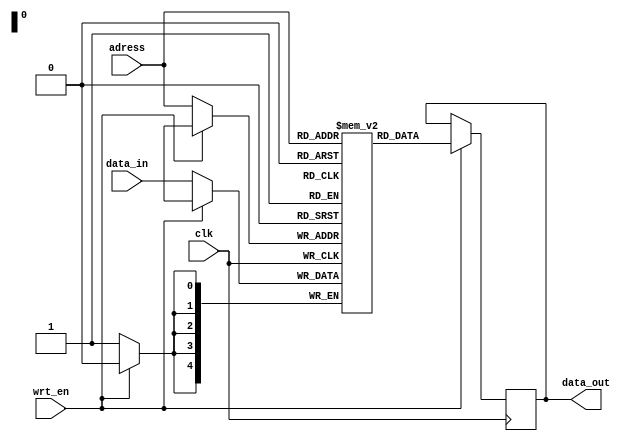
module RAM #(parameter dataSize = 5, addressSize = 5)(
	input                          clk, wrt_en,
	input      [dataSize   -1 : 0] data_in, 
	input      [addressSize -1 : 0] adress,
	output reg [dataSize   -1 : 0] data_out 
);

reg[dataSize - 1:0] RAM_1[0:2**addressSize-1];

always@(posedge clk)
begin
	if(~wrt_en) RAM_1[adress] <= data_in;
	else data_out <= RAM_1[adress];
end

endmodule